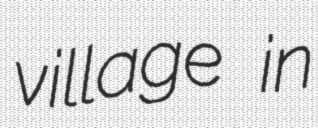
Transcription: village in